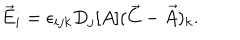
LaTeX: \vec { E } _ { i } = \epsilon _ { i j k } D _ { j } [ A ] ( \vec { C } - \vec { A } ) _ { k } .